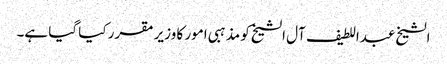
الشیخ عبداللطیف آل الشیخ کو مذہبی امور کا وزیر مقرر کیا گیا ہے۔